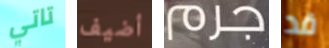
تاتي أضيف جرم قد